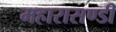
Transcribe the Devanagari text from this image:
महारासण्डी